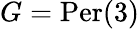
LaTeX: G={\mathrm{Per}}(3)